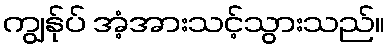
ကျွန်ုပ် အံ့အားသင့်သွားသည်။